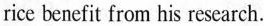
rice benefit from his research.